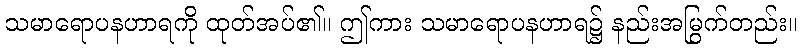
သမာရောပနဟာရကို ထုတ်အပ်၏။ ဤကား သမာရောပနဟာရ၌ နည်းအမြွက်တည်း။